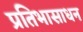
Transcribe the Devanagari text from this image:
प्रतिभासाधन